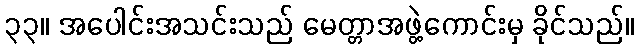
၃၃။ အပေါင်းအသင်းသည် မေတ္တာအဖွဲ့ကောင်းမှ ခိုင်သည်။